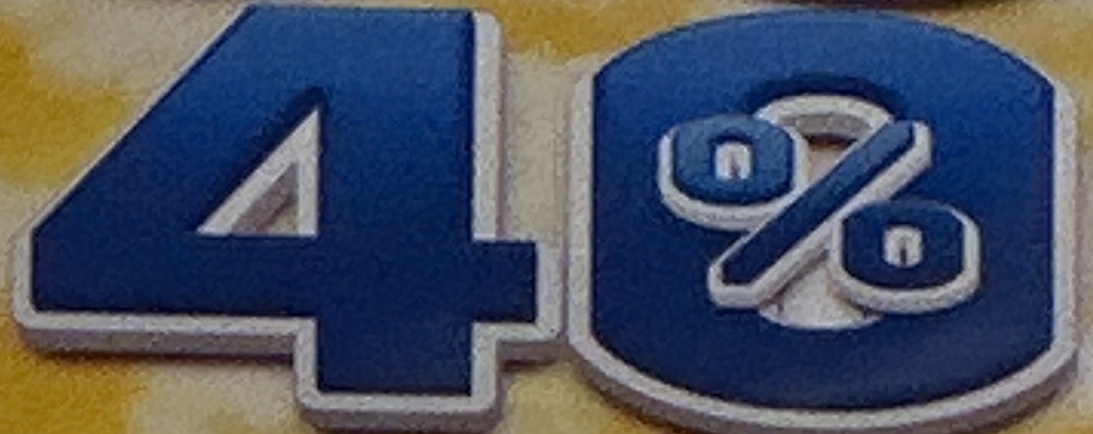
40